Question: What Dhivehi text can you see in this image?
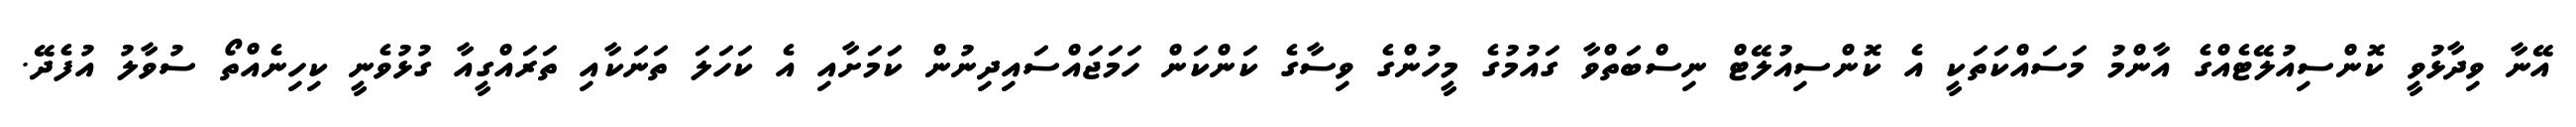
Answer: އޭނާ ވިދާޅުވީ ކޮންސިއުލޭޓެއްގެ އާންމު މަސައްކަތަކީ އެ ކޮންސިއުލޭޓް ނިސްބަތްވާ ގައުމުގެ މީހުންގެ ވިސާގެ ކަންކަން ހަމަޖައްސައިދިނުން ކަަމަށާއި އެ ކަހަލަ ތަނަކާއި ތަރައްގީއާ ގުޅުވެނީ ކިހިނެއްތޯ ސުވާލު އުފެދޭ.